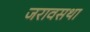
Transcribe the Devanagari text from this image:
जरावसथा